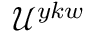
{ { \mathcal { U } } ^ { y k w } }